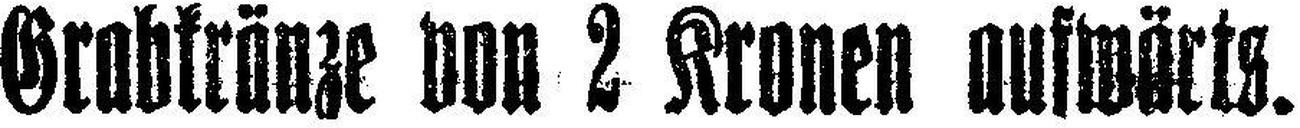
Grabkränze von 2 Kronen aufwärts.